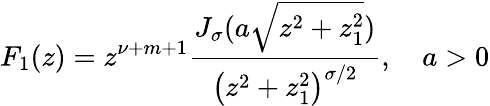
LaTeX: F_{1}(z)=z^{\nu+m+1}\frac{J_{\sigma}(a\sqrt{z^{2}+z_{1}^{2}})}{\left(z^{2}+z_{1}^{2}\right)^{\sigma/2}},\quad a>0